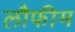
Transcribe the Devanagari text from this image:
लौफीम